Scottish Certificate of Education, 1962
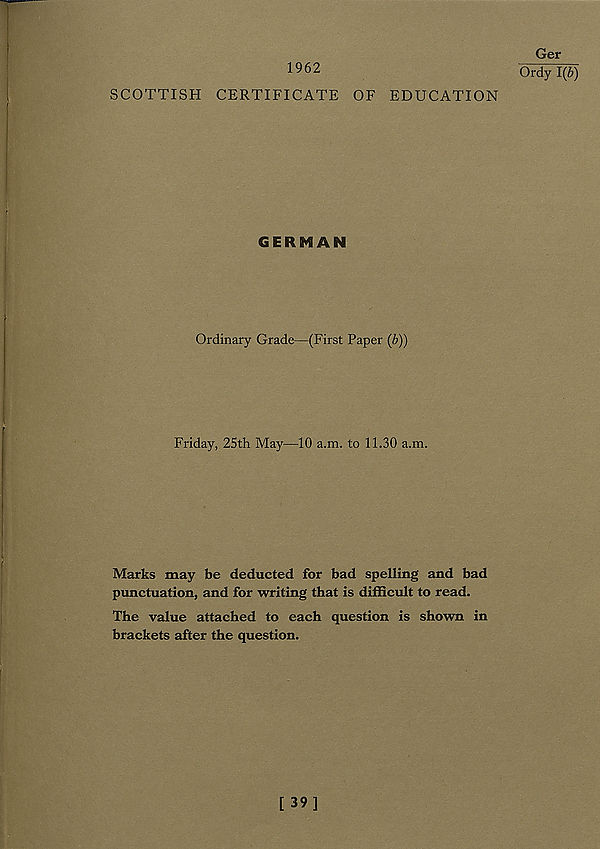
1962
SCOTTISH CERTIFICATE OF EDUCATION
GERMAN
Ordinary Grade—(First Paper (b))
Friday, 25th May—10 a.m. to 11.30 a.m.
Marks may be deducted for bad spelling and bad
punctuation, and for writing that is difficult to read.
The value attached to each question is shown in
brackets after the question.
Ger
Ordy 1(b)
[ 39]